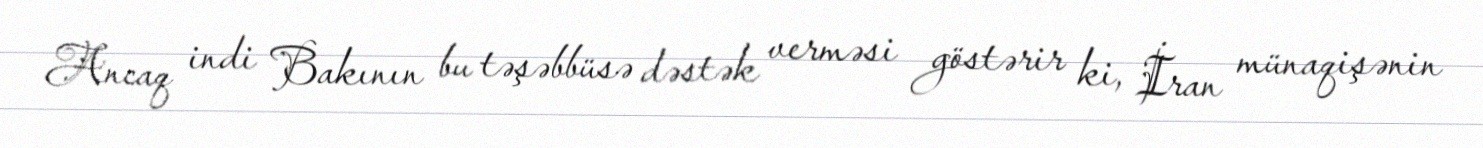
Ancaq indi Bakının bu təşəbbüsə dəstək verməsi göstərir ki, İran münaqişənin